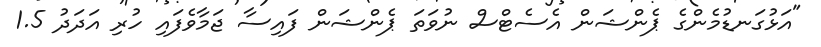
"އަޅުގަނޑުމެންގެ ޕެންޝަން އެސެޓްސް ނުވަތަ ޕެންޝަން ފައިސާ ޖަމާވެފައި ހުރި އަދަދު 1.5